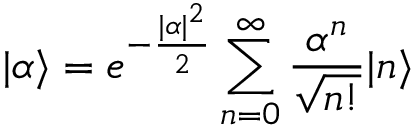
| \alpha \rangle = e ^ { - { \frac { | \alpha | ^ { 2 } } { 2 } } } \sum _ { n = 0 } ^ { \infty } { \frac { \alpha ^ { n } } { \sqrt { n ! } } } | n \rangle